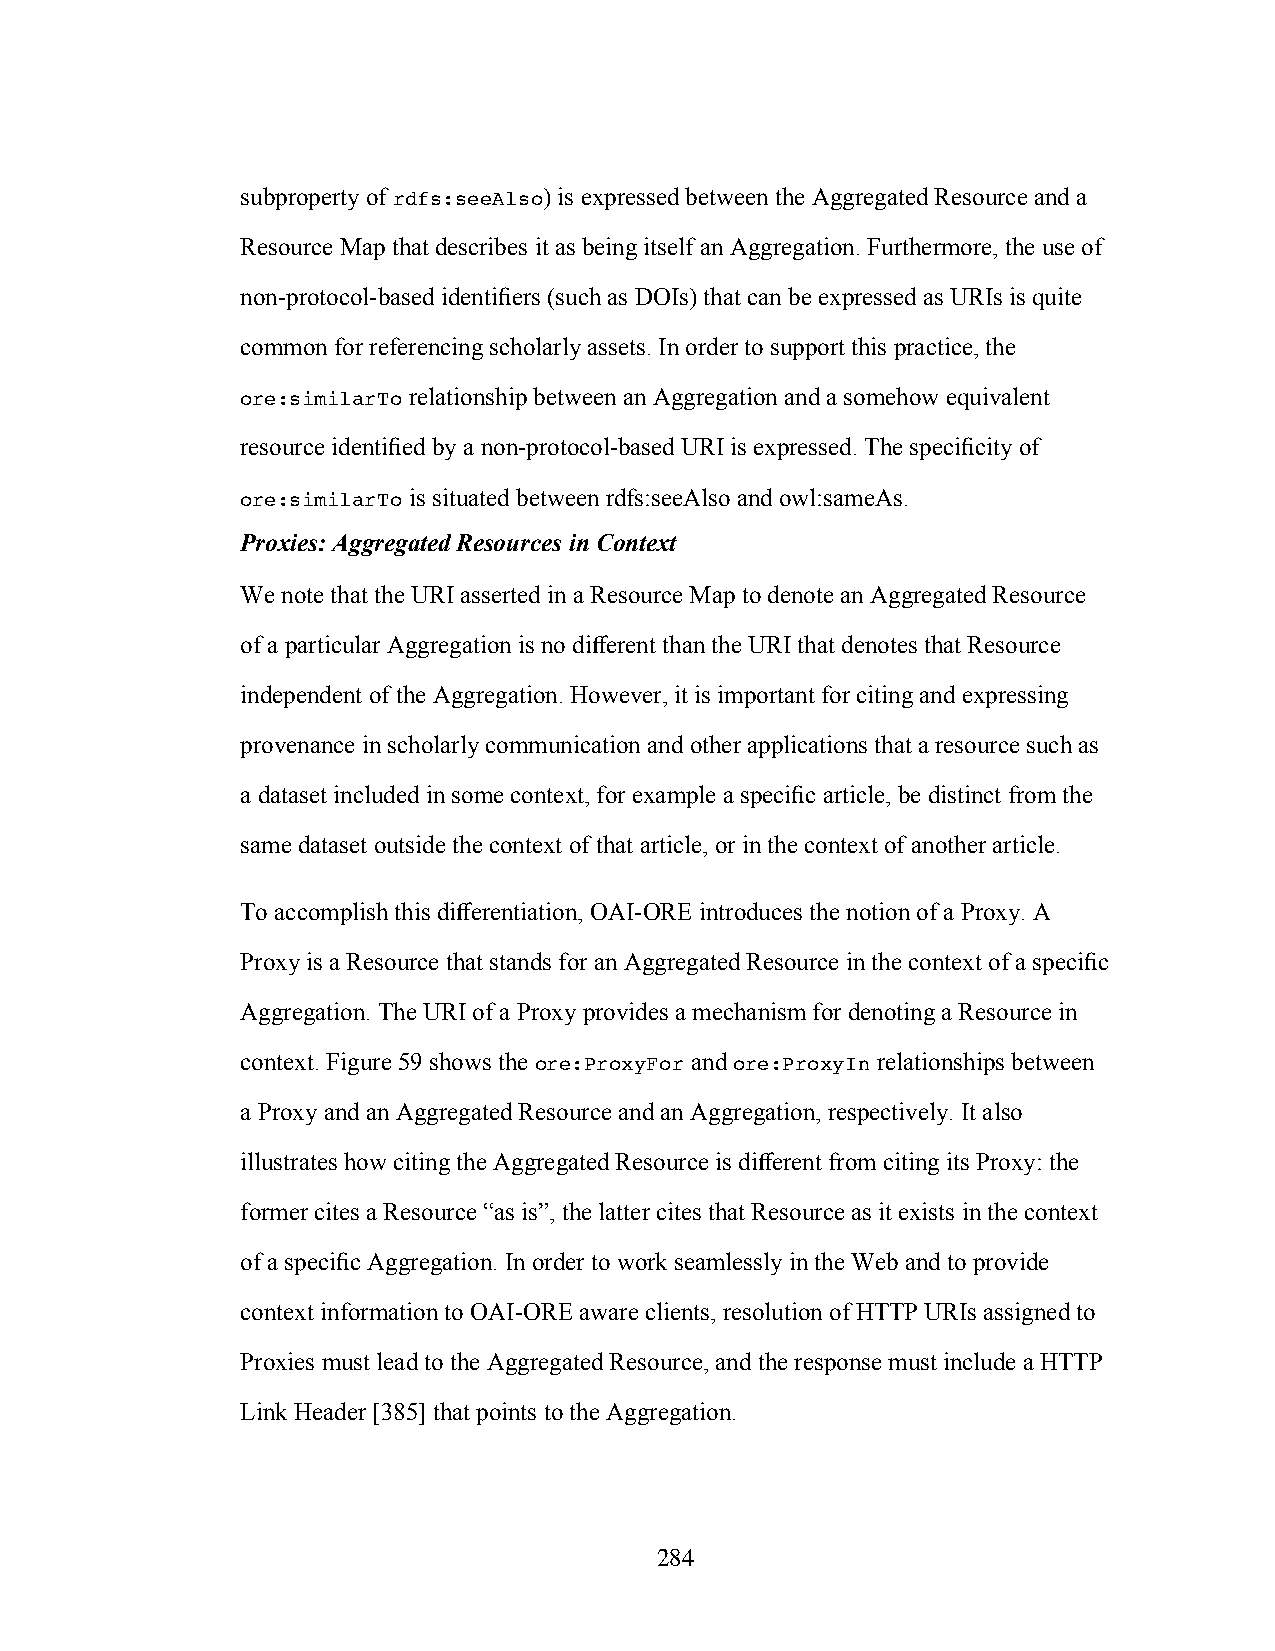
subproperty of rdfs:seeAlso) is expressed between the Aggregated Resource and a
 Resource Map that describes it as being itself an Aggregation. Furthermore, the use of
 non-protocol-based identifiers (such as DOIs) that can be expressed as URIs is quite
 common for referencing scholarly assets. In order to support this practice, the
 ore:similarTo relationship between an Aggregation and a somehow equivalent
 resource identified by a non-protocol-based URI is expressed. The specificity of
 ore:similarTo is situated between rdfs:seeAlso and owl:sameAs.
 Proxies: Aggregated Resources in Context
 We note that the URI asserted in a Resource Map to denote an Aggregated Resource
 of a particular Aggregation is no different than the URI that denotes that Resource
 independent of the Aggregation. However, it is important for citing and expressing
 provenance in scholarly communication and other applications that a resource such as
 a dataset included in some context, for example a specific article, be distinct from the
 same dataset outside the context of that article, or in the context of another article.
 To accomplish this differentiation, OAI-ORE introduces the notion of a Proxy. A
 Proxy is a Resource that stands for an Aggregated Resource in the context of a specific
 Aggregation. The URI of a Proxy provides a mechanism for denoting a Resource in
 context. Figure 59 shows the ore:ProxyFor and ore:ProxyIn relationships between
 a Proxy and an Aggregated Resource and an Aggregation, respectively. It also
 illustrates how citing the Aggregated Resource is different from citing its Proxy: the
 former cites a Resource “as is”, the latter cites that Resource as it exists in the context
 of a specific Aggregation. In order to work seamlessly in the Web and to provide
 context information to OAI-ORE aware clients, resolution of HTTP URIs assigned to
 Proxies must lead to the Aggregated Resource, and the response must include a HTTP
 Link Header [385] that points to the Aggregation.
 284